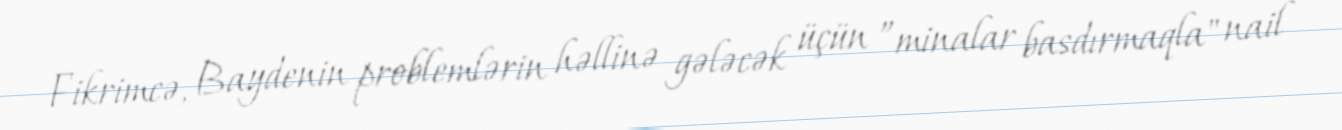
Fikrimcə, Baydenin problemlərin həllinə gələcək üçün ”minalar basdırmaqla" nail